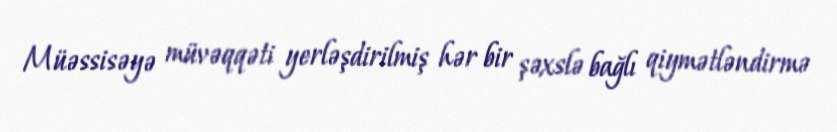
Müəssisəyə müvəqqəti yerləşdirilmiş hər bir şəxslə bağlı qiymətləndirmə